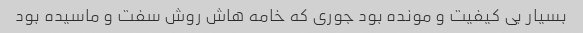
بسیار بى کیفیت و مونده بود جورى که خامه هاش روش سفت و ماسیده بود